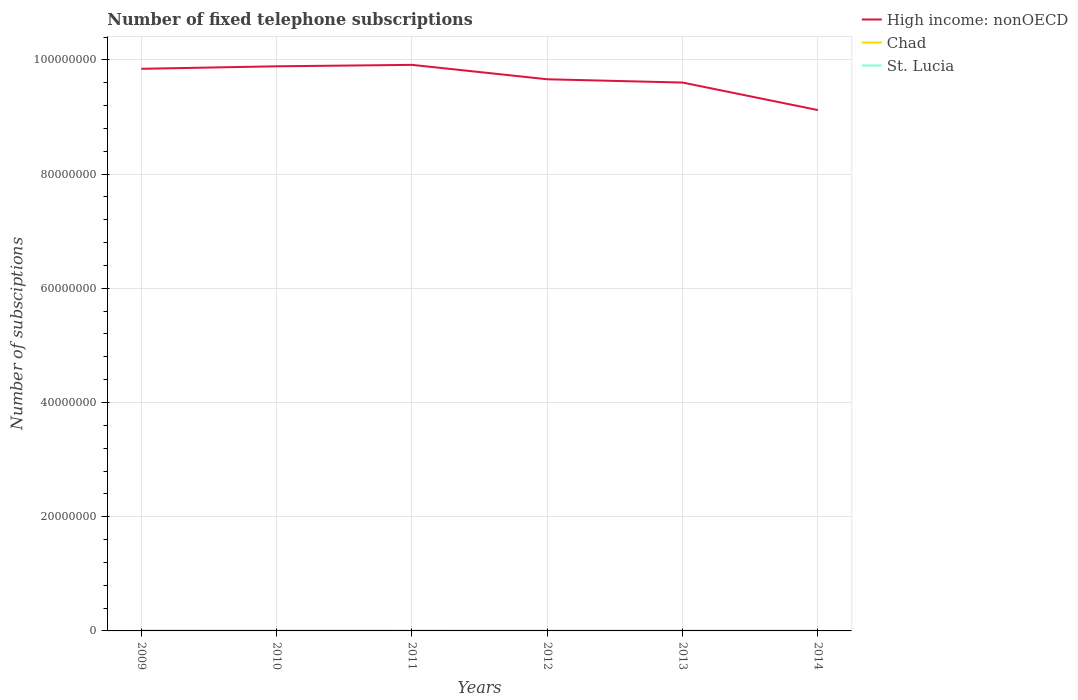
| Years | High income: nonOECD | Chad | St. Lucia |
 | --- | --- | --- | --- |
 | 2009 | 9.84e+07 | 5.83e+04 | 3.86e+04 |
 | 2010 | 9.89e+07 | 5.12e+04 | 3.74e+04 |
 | 2011 | 9.91e+07 | 3.18e+04 | 3.59e+04 |
 | 2012 | 9.66e+07 | 2.79e+04 | 3.68e+04 |
 | 2013 | 9.6e+07 | 3.13e+04 | 3.35e+04 |
 | 2014 | 9.12e+07 | 2.36e+04 | 3.28e+04 |